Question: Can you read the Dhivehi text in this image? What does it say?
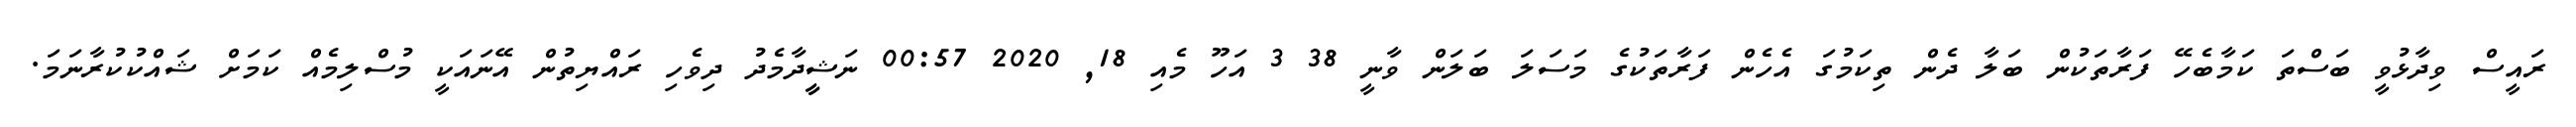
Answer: ރައީސް ވިދާޅުވީ ބަސްތަ ކަމާބެހޭ ފަރާތަކުން ބަލާ ދެން ތިކަމުގަ އެހެން ފަރާތަކުގެ މަސަލަ ބަލަން ވާނީ 38 3 އަހޫ މެއި 18, 2020 00:57 ނަޝީީދާމެދު ދިވެހި ރައްޔިތުން އޭނައަކީ މުސްލިމެއް ކަމަށް ޝައްކުކުރާނަމަ.